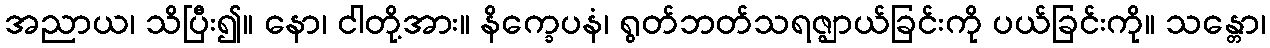
အညာယ၊ သိပြီး၍။ နော၊ ငါတို့အား။ နိက္ခေပနံ၊ ရွတ်ဘတ်သရဇ္ဈာယ်ခြင်းကို ပယ်ခြင်းကို။ သန္တော၊